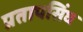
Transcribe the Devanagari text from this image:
प्रतापसिंघ